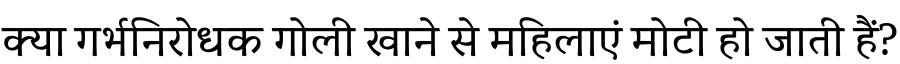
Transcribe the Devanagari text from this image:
क्या गर्भनिरोधक गोली खाने से महिलाएं मोटी हो जाती हैं?